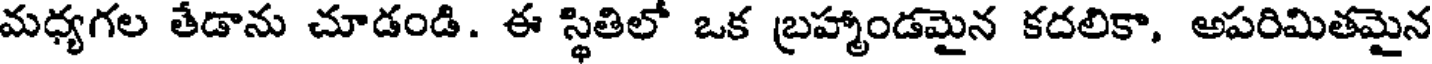
మధ్యగల తేడాను చూడండి. ఈ స్థితిలో ఒక బ్రహ్మాండమైన కదలికా, అపరిమితమైన